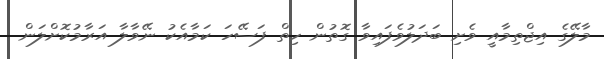
މާލޭގެ އިޖްތިމާއީ ވެށި ބަދަލުވެފައިވާ ގޮތުން ހިތް ފަސޭހަ ކަމާއެކު ނޭވާލާ އަރާމުކޮށްލަން